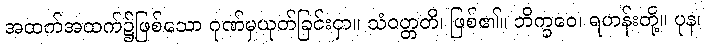
အထက်အထက်၌ဖြစ်သော ဂုဏ်မှယုတ်ခြင်းငှာ။ သံဝတ္တတိ၊ ဖြစ်၏။ ဘိက္ခဝေ၊ ရဟန်းတို့။ ပုန၊